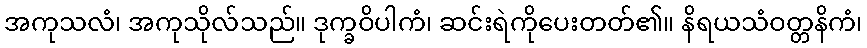
အကုသလံ၊ အကုသိုလ်သည်။ ဒုက္ခဝိပါကံ၊ ဆင်းရဲကိုပေးတတ်၏။ နိရယသံဝတ္တနိကံ၊